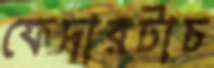
ফেদারটাচ